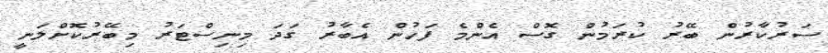
ސަރުކާރުން ބޭރު ކުރަމުން ގޮސް އެންމެ ފަހުން އެބާރު ގަދަ މިނިސްޓަރު މިބޭރުކޮށްލަނީ